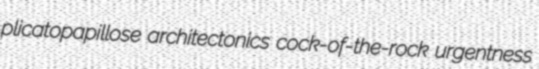
plicatopapillose architectonics cock-of-the-rock urgentness